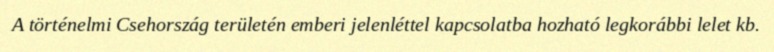
A történelmi Csehország területén emberi jelenléttel kapcsolatba hozható legkorábbi lelet kb.